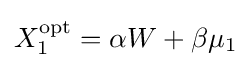
X_{1}^{\mathrm {opt} }=\alpha W+\beta \mu _{1}